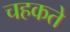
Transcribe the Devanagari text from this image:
चहकते